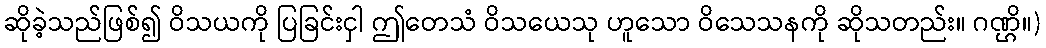
ဆိုခဲ့သည်ဖြစ်၍ ဝိသယကို ပြခြင်းငှါ ဤတေသံ ဝိသယေသု ဟူသော ဝိသေသနကို ဆိုသတည်း။ ဂဏ္ဌိ။)